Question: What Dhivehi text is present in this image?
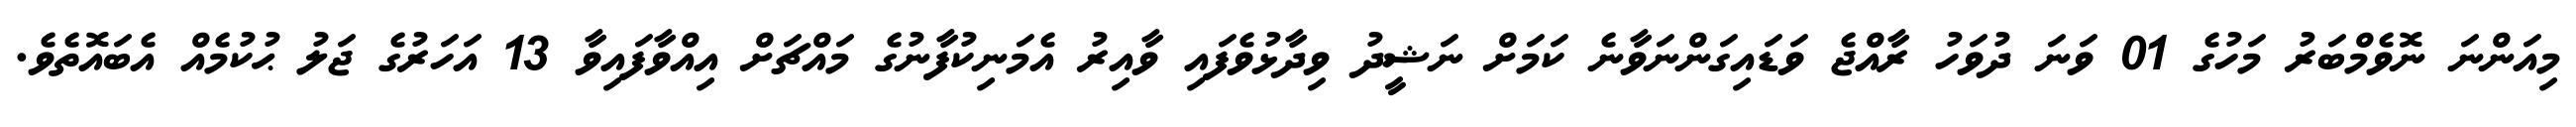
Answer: މިއަންނަ ނޮވެމްބަރު މަހުގެ 01 ވަނަ ދުވަހު ރާއްޖެ ވަޑައިގަންނަވާނެ ކަމަށް ނަޝީދު ވިދާޅުވެފައި ވާއިރު އެމަނިކުފާނުގެ މައްޗަށް އިއްވާފައިވާ 13 އަހަރުގެ ޖަލު ޙުކުމެއް އެބައޮތެވެ.